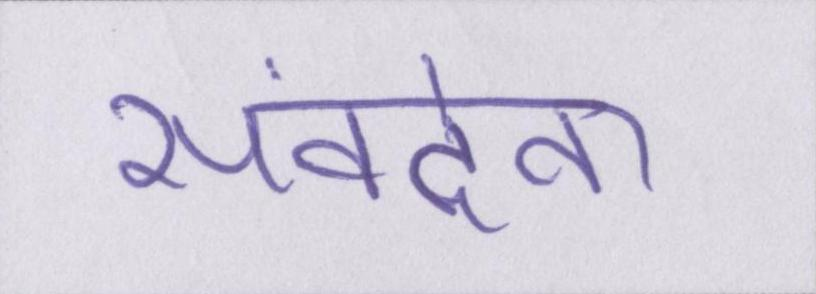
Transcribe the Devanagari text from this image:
संवदेना